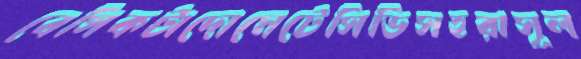
বেসিকটাদোমেটেসিডিসহরাসূল